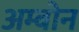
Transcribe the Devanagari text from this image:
अम्बोन